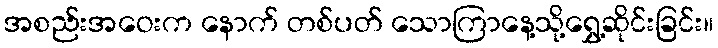
အစည်းအဝေးက နောက် တစ်ပတ် သောကြာနေ့သို့ရွှေ့ဆိုင်းခြင်း။